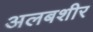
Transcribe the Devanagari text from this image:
अलबशीर